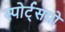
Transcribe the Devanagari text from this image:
स्पोर्ट्सप्रो